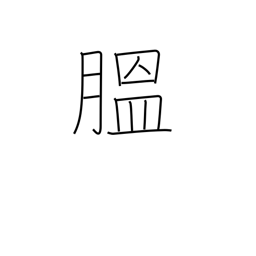
Meaning: corpulent